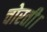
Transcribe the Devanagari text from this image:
चोरती।